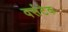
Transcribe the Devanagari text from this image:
वर्सटेक